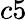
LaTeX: c5